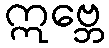
ဣဗ္ဘေ